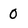
Character: 0